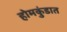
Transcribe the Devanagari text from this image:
होमकुंडात